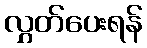
လွှတ်ပေးရန်